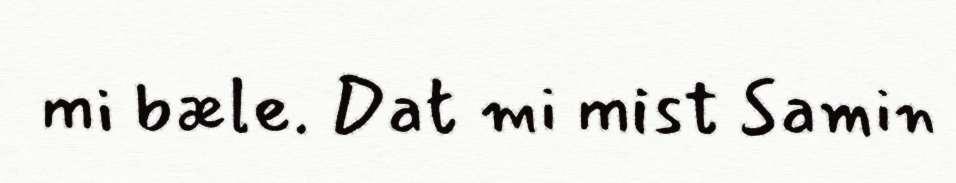
mi bæle. Dat mi mist Samin